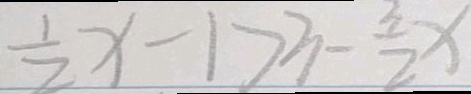
\frac { 1 } { 2 } x - 1 > 3 - \frac { 3 } { 2 } x